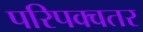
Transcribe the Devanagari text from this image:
परिपक्वतर